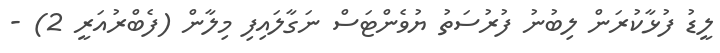
ލީޑު ފުޅާކުރަން ލިބުނު ފުރުސަތު ޔުވެންޓަސް ނަގާލައިފި މިލާން (ފެބްރުއަރީ 2) -